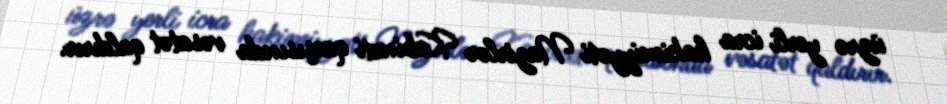
üzrə yerli icra hakimiyyəti Nazirlər Kabineti qarşısında vəsatət qaldırır.